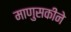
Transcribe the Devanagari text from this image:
माणुसकीने